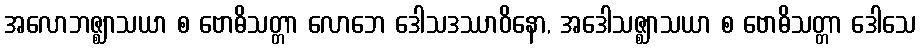
အလောဘဇ္ဈာသယာ စ ဗောဓိသတ္တာ လောဘေ ဒေါသဒဿာဝိနော, အဒေါသဇ္ဈာသယာ စ ဗောဓိသတ္တာ ဒေါသေ